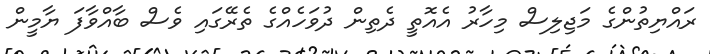
ރައްޔިތުންގެ މަޖިލިސް މިހާރު އެއޮތީ ދެތިން ދުވަހެއްގެ ތެރޭގައި ވެސް ބާއްވާފަ ޔާމީން